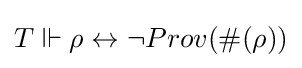
T\Vdash \rho \leftrightarrow \neg Prov(\#(\rho ))